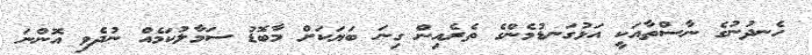
ހެނދުނުގެ ނާސްތާއަކީ އަޅުގަނޑުމެންގެ ތެރެއިން ގިނަ ބަޔަކަށް މާބޮޑު ސަމާލުކަމެއް ނުދެވި އޮންނަ